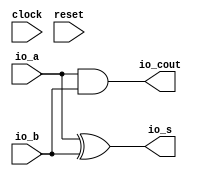
module HA( // @[:@3.2]
  input   clock, // @[:@4.4]
  input   reset, // @[:@5.4]
  output  io_s, // @[:@6.4]
  output  io_cout, // @[:@6.4]
  input   io_a, // @[:@6.4]
  input   io_b // @[:@6.4]
);
  assign io_s = io_a ^ io_b; // @[RA_Mul.scala 11:8:@11.4]
  assign io_cout = io_a & io_b; // @[RA_Mul.scala 10:11:@9.4]
endmodule